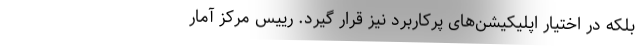
بلکه در اختیار اپلیکیشن‌های پرکاربرد نیز قرار گیرد. رییس مرکز آمار